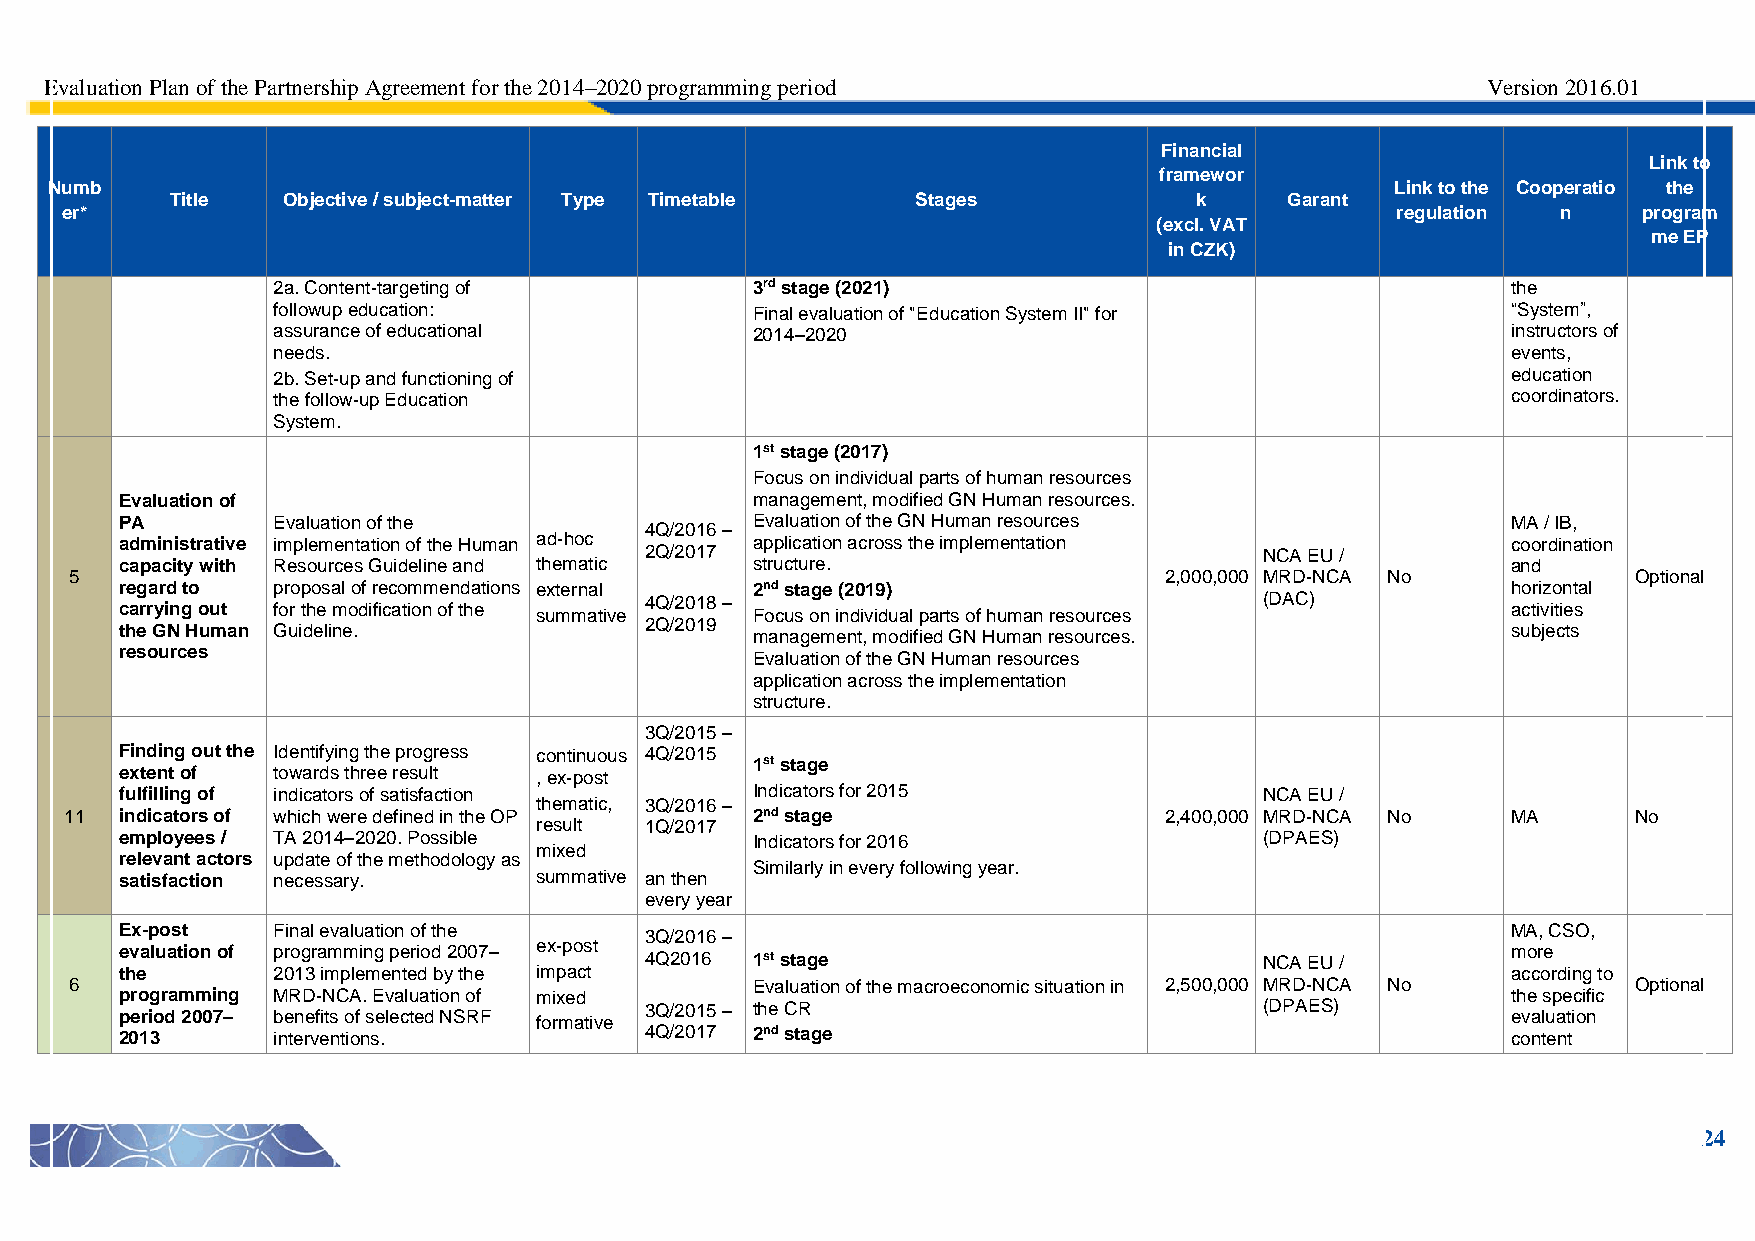
Evaluation Plan of the Partnership Agreement for the 2014–2020 programming period              Version 2016.01
 Financial
 Link to
 framewor
 Numb                                                                                     Link to the Cooperatio the
 Title   Objective / subject-matter Type Timetable Stages            k     Garant
 er*                                                                                     regulation n     program
 (excl. VAT
 me EP
 in CZK)
 2a. Content-targeting of        3rd stage (2021)                                  the
 followup education:             Final evaluation of "Education System II" for     “System”,
 assurance of educational        2014–2020                                         instructors of
 needs.                                                                            events,
 2b. Set-up and functioning of                                                     education
 the follow-up Education                                                           coordinators.
 System.
 1st stage (2017)
 Focus on individual parts of human resources
 Evaluation of                             management, modified GN Human resources.
 PA        Evaluation of the               Evaluation of the GN Human resources              MA / IB,
 4Q/2016 –
 administrative implementation of the Human ad-hoc application across the implementation     coordination
 2Q/2017                                  NCA EU /
 capacity with Resources Guideline and thematic structure.                                   and
 5                                                                       2,000,000 MRD-NCA No           Optional
 regard to proposal of recommendations external 2nd stage (2019)                             horizontal
 carrying out for the modification of the summative 4Q/2018 – Focus on individual parts of human resources (DAC) activities
 the GN Human Guideline.            2Q/2019 management, modified GN Human resources.         subjects
 resources
 Evaluation of the GN Human resources
 application across the implementation
 structure.
 3Q/2015 –
 Finding out the Identifying the progress continuous 4Q/2015
 1st stage
 extent of towards three result , ex-post
 fulfilling of indicators of satisfaction  Indicators for 2015               NCA EU /
 thematic, 3Q/2016 –
 11  indicators of which were defined in the OP 2nd stage                 2,400,000 MRD-NCA No   MA      No
 result  1Q/2017
 employees / TA 2014–2020. Possible        Indicators for 2016               (DPAES)
 relevant actors update of the methodology as
 mixed
 Similarly in every following year.
 satisfaction necessary.    summative an then
 every year
 Ex-post   Final evaluation of the
 3Q/2016 –
 MA, CSO,
 evaluation of programming period 2007– ex-post                                              more
 4Q2016 1st stage                         NCA EU /
 the       2013 implemented by the impact                                                    according to
 6                                            Evaluation of the macroeconomic situation in 2,500,000 MRD-NCA No Optional
 programming MRD-NCA. Evaluation of mixed                                                    the specific
 period 2007– benefits of selected NSRF formative 3Q/2015 – the CR           (DPAES)         evaluation
 2013      interventions.           4Q/2017 2nd stage                                        content
 24